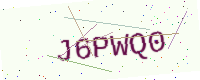
Text: J6PWQ0